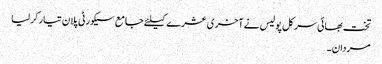
تخت بھائی سرکل پولیس نے آخری عشرے کیلئے جامع سیکورٹی پلان تیار کرلیا
مردان۔